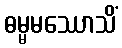
ဓမ္မမဿောသိံ